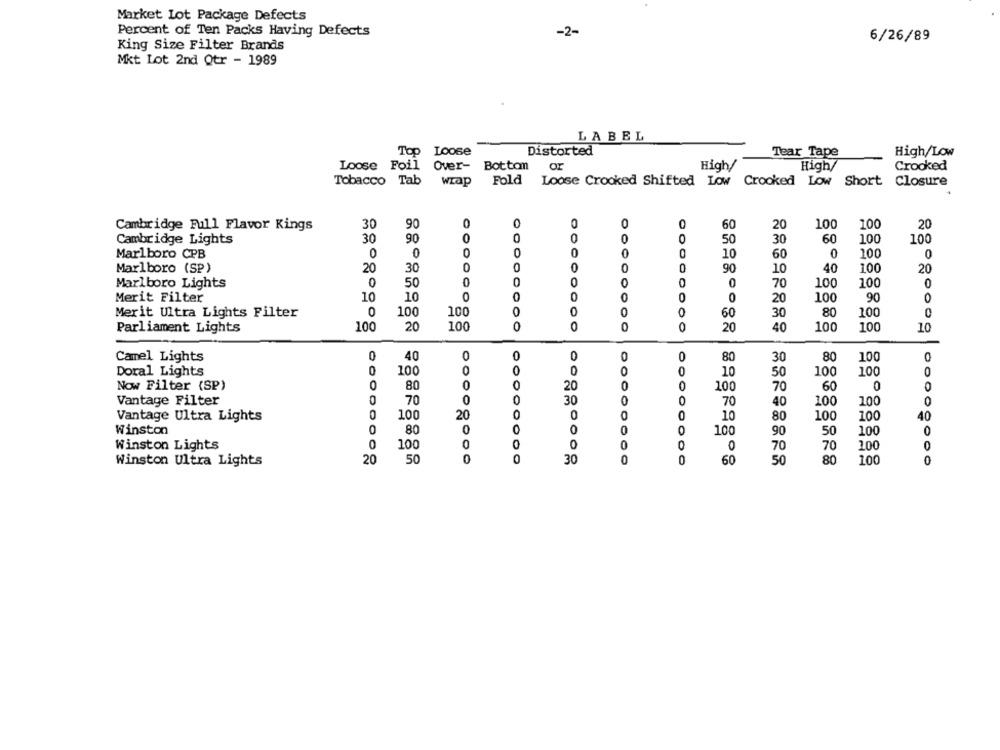
Market Lot Package Defects
Percent of Ten Packs Having Defects
-2-
6/26/89
King Size Filter Brands
Mkt Lot 2nd Otr - 1989
LABEL
Top Loose
Distorted
Top
Tear Tape
High/Low
Loose Foil
Over-
Botton
High
Crooked
High/
Tobacco Tab
Fold
wrap
Loose Crooked Shifted Low Crooked Low Short Closure
30
90
0
0
0
60
20
100
100
20
Cambridge Full Flavor Kings
Cambridge Lights
30
90
0
00
0
0
60
100
100
50
30
Marlboro CPB
0
0
0
0
0
0
0
0
100
0
10
60
Marlboro (SP)
20
30
0
0
0
90
10
40
100
20
Marlboro Lights
0
50
0
0
70
100
100
0
Merit Filter
10
10
0
0
0
0
0
20
100
90
0
Merit Ultra Lights Filter
0
100
100
60
30
80
100
0
Parliament Lights
100
20
100
0
0
0
0
20
40
100
100
10
Camel Lights
0
40
0
0
0
80
30
80
100
Doral Lights
0
100
0
0
0
0
0
10
50
100
100
Now Filter (SP)
0
80
0
20
0
0
100
70
60
0
Vantage Filter
0
70
0
30
0
70
40
100
100
Vantage Ultra Lights
0
100
20
0
10
80
100
100
Winston
0
80
0
0
0
100
90
50
100
0
Winston Lights
0
100
0
O
0
0
70
70
100
0
Winston Ultra Lights
20
50
0
30
0
0
00000000
60
50
80
100
0